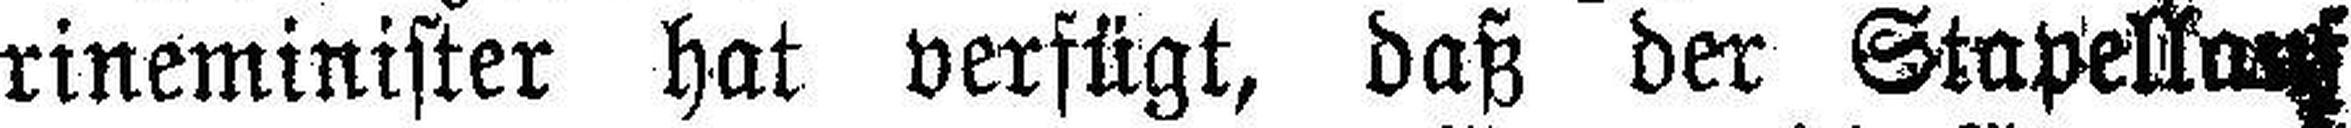
rineminister hat verfügt, daß der Stapelkauf